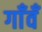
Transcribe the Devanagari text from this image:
गाँवँ